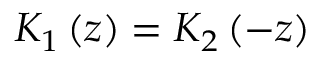
K _ { 1 } \left( z \right) = K _ { 2 } \left( - z \right)